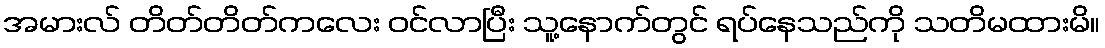
အမားလ် တိတ်တိတ်ကလေး ဝင်လာပြီး သူ့နောက်တွင် ရပ်နေသည်ကို သတိမထားမိ။